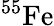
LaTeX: ^{55}\mathrm{Fe}